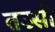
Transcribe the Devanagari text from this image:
तउसी